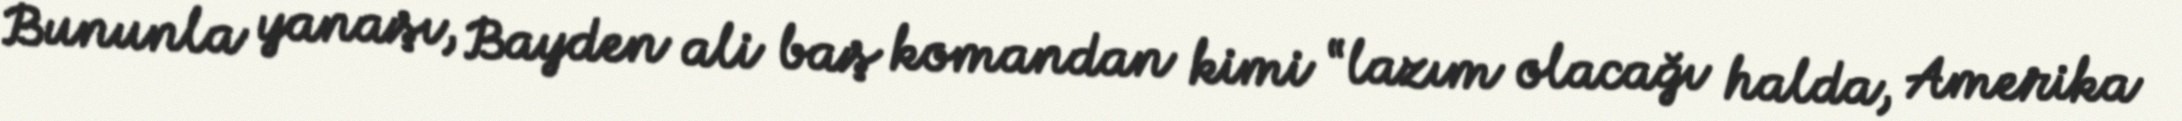
Bununla yanaşı, Bayden ali baş komandan kimi “lazım olacağı halda, Amerika